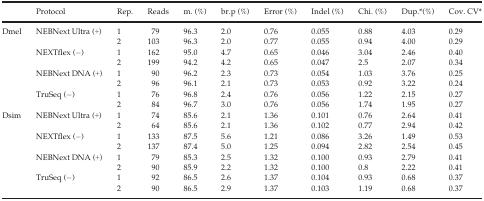
<table><thead><tr><td></td><td><b>Protocol</b></td><td><b>Rep.</b></td><td><b>Reads</b></td><td><b>m. (%)</b></td><td><b>br.p (%)</b></td><td><b>Error (%)</b></td><td><b>Indel (%)</b></td><td><b>Chi. (%)</b></td><td><b>Dup.a(%)</b></td><td><b>Cov. CVa</b></td></tr></thead><tbody><tr><td rowspan="8">Dmel</td><td rowspan="2">NEBNext Ultra (+)</td><td>1</td><td>79</td><td>96.3</td><td>2.0</td><td>0.76</td><td>0.055</td><td>0.88</td><td>4.03</td><td>0.29</td></tr><tr><td>2</td><td>103</td><td>96.3</td><td>2.0</td><td>0.77</td><td>0.055</td><td>0.94</td><td>4.00</td><td>0.29</td></tr><tr><td rowspan="2">NEXTflex (−)</td><td>1</td><td>162</td><td>95.0</td><td>4.7</td><td>0.65</td><td>0.046</td><td>3.04</td><td>2.46</td><td>0.40</td></tr><tr><td>2</td><td>199</td><td>94.2</td><td>4.2</td><td>0.65</td><td>0.047</td><td>2.5</td><td>2.07</td><td>0.34</td></tr><tr><td rowspan="2">NEBNext DNA (+)</td><td>1</td><td>90</td><td>96.2</td><td>2.3</td><td>0.73</td><td>0.054</td><td>1.03</td><td>3.76</td><td>0.25</td></tr><tr><td>2</td><td>96</td><td>96.1</td><td>2.1</td><td>0.73</td><td>0.053</td><td>0.92</td><td>3.22</td><td>0.24</td></tr><tr><td rowspan="2">TruSeq (−)</td><td>1</td><td>76</td><td>96.8</td><td>2.4</td><td>0.76</td><td>0.056</td><td>1.22</td><td>2.15</td><td>0.27</td></tr><tr><td>2</td><td>84</td><td>96.7</td><td>3.0</td><td>0.76</td><td>0.056</td><td>1.74</td><td>1.95</td><td>0.27</td></tr><tr><td rowspan="8">Dsim</td><td rowspan="2">NEBNext Ultra (+)</td><td>1</td><td>74</td><td>85.6</td><td>2.1</td><td>1.36</td><td>0.101</td><td>0.76</td><td>2.64</td><td>0.41</td></tr><tr><td>2</td><td>64</td><td>85.6</td><td>2.1</td><td>1.36</td><td>0.102</td><td>0.77</td><td>2.94</td><td>0.42</td></tr><tr><td rowspan="2">NEXTflex (−)</td><td>1</td><td>133</td><td>87.5</td><td>5.6</td><td>1.21</td><td>0.086</td><td>3.26</td><td>1.49</td><td>0.53</td></tr><tr><td>2</td><td>137</td><td>87.4</td><td>5.0</td><td>1.25</td><td>0.094</td><td>2.82</td><td>2.54</td><td>0.45</td></tr><tr><td rowspan="2">NEBNext DNA (+)</td><td>1</td><td>79</td><td>85.3</td><td>2.5</td><td>1.32</td><td>0.100</td><td>0.93</td><td>2.79</td><td>0.41</td></tr><tr><td>2</td><td>90</td><td>85.9</td><td>2.2</td><td>1.32</td><td>0.100</td><td>0.8</td><td>2.22</td><td>0.41</td></tr><tr><td rowspan="2">TruSeq (−)</td><td>1</td><td>92</td><td>86.5</td><td>2.6</td><td>1.37</td><td>0.104</td><td>0.93</td><td>0.68</td><td>0.37</td></tr><tr><td>2</td><td>90</td><td>86.5</td><td>2.9</td><td>1.37</td><td>0.103</td><td>1.19</td><td>0.68</td><td>0.37</td></tr></tbody></table>